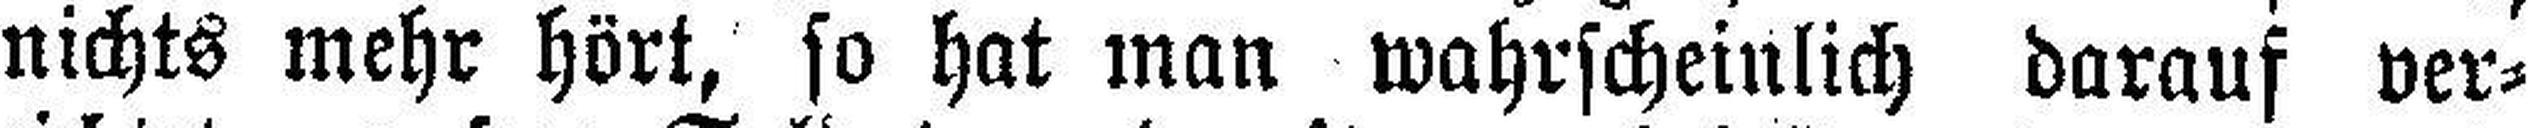
nichts mehr hört, so hat man wahrscheinlich darauf ver¬